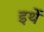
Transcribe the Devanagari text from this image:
इथें